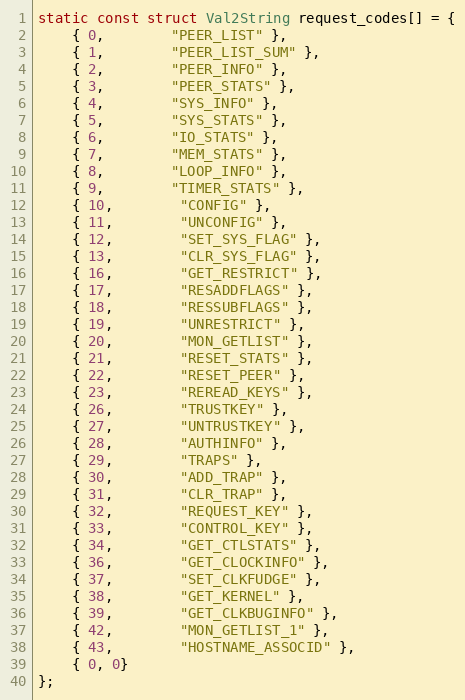
Language: C
static const struct Val2String request_codes[] = {
	{ 0,		"PEER_LIST" },
	{ 1,		"PEER_LIST_SUM" },
	{ 2,		"PEER_INFO" },
	{ 3,		"PEER_STATS" },
	{ 4,		"SYS_INFO" },
	{ 5,		"SYS_STATS" },
	{ 6,		"IO_STATS" },
	{ 7,		"MEM_STATS" },
	{ 8,		"LOOP_INFO" },
	{ 9,		"TIMER_STATS" },
	{ 10,		"CONFIG" },
	{ 11,		"UNCONFIG" },
	{ 12,		"SET_SYS_FLAG" },
	{ 13,		"CLR_SYS_FLAG" },
	{ 16,		"GET_RESTRICT" },
	{ 17,		"RESADDFLAGS" },
	{ 18,		"RESSUBFLAGS" },
	{ 19,		"UNRESTRICT" },
	{ 20,		"MON_GETLIST" },
	{ 21,		"RESET_STATS" },
	{ 22,		"RESET_PEER" },
	{ 23,		"REREAD_KEYS" },
	{ 26,		"TRUSTKEY" },
	{ 27,		"UNTRUSTKEY" },
	{ 28,		"AUTHINFO" },
	{ 29,		"TRAPS" },
	{ 30,		"ADD_TRAP" },
	{ 31,		"CLR_TRAP" },
	{ 32,		"REQUEST_KEY" },
	{ 33,		"CONTROL_KEY" },
	{ 34,		"GET_CTLSTATS" },
	{ 36,		"GET_CLOCKINFO" },
	{ 37,		"SET_CLKFUDGE" },
	{ 38,		"GET_KERNEL" },
	{ 39,		"GET_CLKBUGINFO" },
	{ 42,		"MON_GETLIST_1" },
	{ 43,		"HOSTNAME_ASSOCID" },
    { 0, 0}
};